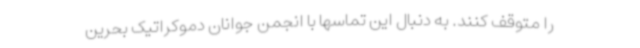
را متوقف کنند. به دنبال این تماسها با انجمن جوانان دموکراتیک بحرین